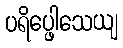
ပရိပ္ဖေါသေယျ